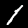
Label: 1